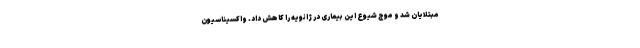
مبتلایان شد و موج شیوع این بیماری در ژانویه را کاهش داد. واکسیناسیون